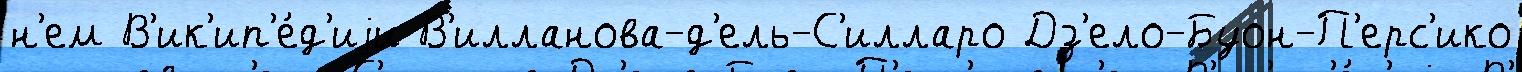
н'ем В'ик'ип'е́д'иjи В'илланова-д'ель-С'илларо Дз'ело-Буон-П'ерс'ико